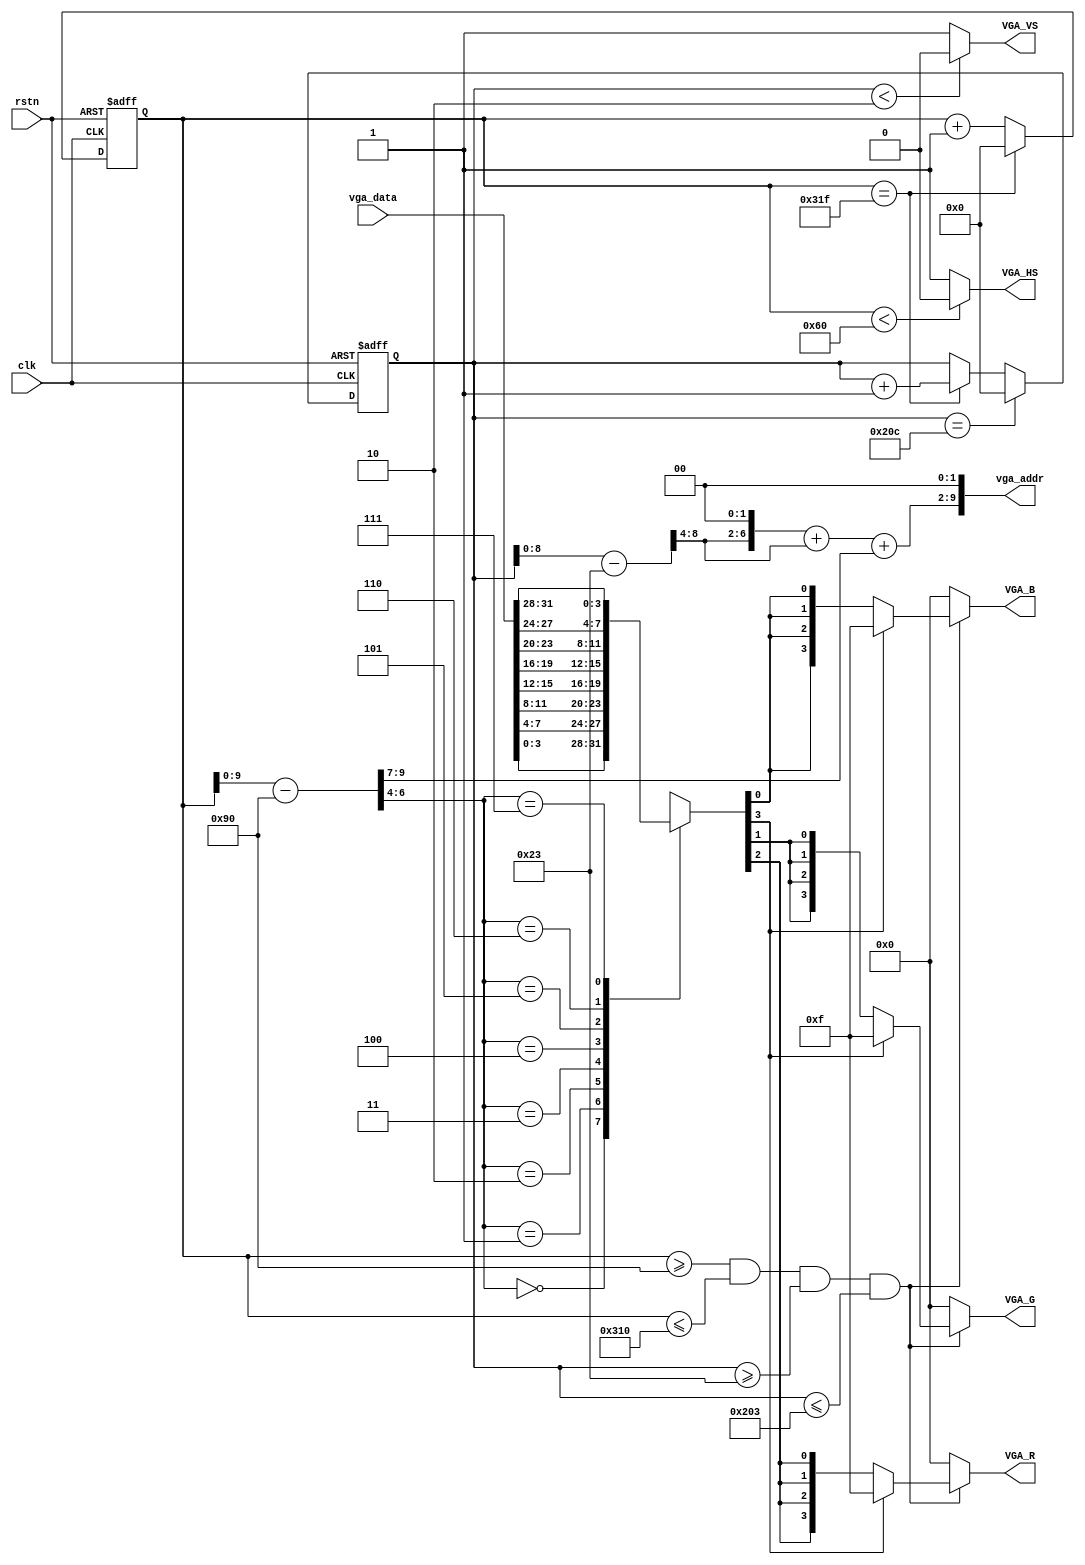
module vga_driver (input clk,                  //  50MHz 
                       input rstn,             // 
                       output [3:0] VGA_R, // VGA 
                       output [3:0] VGA_G, // VGA 
                       output [3:0] VGA_B, // VGA 
                       output VGA_HS,          // VGA 
                       output VGA_VS,          // VGA 
                       // VGA bus
                       output [9:0] vga_addr,  // VGA 
                       input [31:0] vga_data); // VGA 

    // 640*480
    parameter       C_H_SYNC_PULSE   = 96,
                    C_H_BACK_PORCH   = 48,
                    C_H_ACTIVE_TIME  = 640,
                    C_H_LINE_PERIOD  = 800;

    // 640*480
    parameter       C_V_SYNC_PULSE   = 2,
                    C_V_BACK_PORCH   = 33,
                    C_V_ACTIVE_TIME  = 480,
                    C_V_FRAME_PERIOD = 525;

    parameter       C_BLACK_MARGIN_WIDTH = (C_H_ACTIVE_TIME - C_V_ACTIVE_TIME) / 2;
    parameter       C_BLOCK_SIZE         = 30;
    parameter       C_TIC_SIZE           = 160;

    reg [11:0]      R_h_cnt;        // 
    reg [11:0]      R_v_cnt;        // 

    wire            W_active_flag;  // 1RGB

    //////////////////////////////////////////////////////////////////
    // 
    //////////////////////////////////////////////////////////////////
    always @(posedge clk or negedge rstn) begin
        if (!rstn)
            R_h_cnt <= 12'd0;
        else if (R_h_cnt == C_H_LINE_PERIOD - 1'b1)
            R_h_cnt <= 12'd0;
        else
            R_h_cnt <= R_h_cnt + 1'b1;
    end

    assign VGA_HS = (R_h_cnt < C_H_SYNC_PULSE) ? 1'b0 : 1'b1;

    //////////////////////////////////////////////////////////////////
    // 
    //////////////////////////////////////////////////////////////////
    always @(posedge clk or negedge rstn) begin
        if (!rstn)
            R_v_cnt <= 12'd0;
        else if (R_v_cnt == C_V_FRAME_PERIOD - 1'b1)
            R_v_cnt <= 12'd0;
        else if (R_h_cnt == C_H_LINE_PERIOD - 1'b1)
            R_v_cnt <= R_v_cnt + 1'b1;
        else
            R_v_cnt <= R_v_cnt;
    end

    assign VGA_VS = (R_v_cnt < C_V_SYNC_PULSE) ? 1'b0 : 1'b1;

    assign W_active_flag = (R_h_cnt >= (C_H_SYNC_PULSE + C_H_BACK_PORCH))  &&
           (R_h_cnt <= (C_H_SYNC_PULSE + C_H_BACK_PORCH + C_H_ACTIVE_TIME))  &&
           (R_v_cnt >= (C_V_SYNC_PULSE + C_V_BACK_PORCH))  &&
           (R_v_cnt <= (C_V_SYNC_PULSE + C_V_BACK_PORCH + C_V_ACTIVE_TIME));

    //////////////////////////////////////////////////////////////////
    // 
    //////////////////////////////////////////////////////////////////
    // wire is_black = (R_h_cnt < (C_H_SYNC_PULSE + C_H_BACK_PORCH + C_BLACK_MARGIN_WIDTH) ||
    //                  R_h_cnt >= (C_H_SYNC_PULSE + C_H_BACK_PORCH + C_BLACK_MARGIN_WIDTH + C_BLOCK_SIZE * 16));
    // reg[3:0] x_index, y_index;
    // assign vga_addr = 10'h040 + {4'b0, x_index, 2'b0};
    // always @(posedge clk) begin
    //     if (rstn && W_active_flag) begin
    //         if (R_h_cnt < (C_H_SYNC_PULSE + C_H_BACK_PORCH + C_BLACK_MARGIN_WIDTH + C_BLOCK_SIZE)) begin
    //             x_index <= 0;
    //         end
    //         else if (R_h_cnt < (C_H_SYNC_PULSE + C_H_BACK_PORCH + C_BLACK_MARGIN_WIDTH + C_BLOCK_SIZE * 2)) begin
    //             x_index <= 1;
    //         end
    //         else if (R_h_cnt < (C_H_SYNC_PULSE + C_H_BACK_PORCH + C_BLACK_MARGIN_WIDTH + C_BLOCK_SIZE * 3)) begin
    //             x_index <= 2;
    //         end
    //         else if (R_h_cnt < (C_H_SYNC_PULSE + C_H_BACK_PORCH + C_BLACK_MARGIN_WIDTH + C_BLOCK_SIZE * 4)) begin
    //             x_index <= 3;
    //         end
    //         else if (R_h_cnt < (C_H_SYNC_PULSE + C_H_BACK_PORCH + C_BLACK_MARGIN_WIDTH + C_BLOCK_SIZE * 5)) begin
    //             x_index <= 4;
    //         end
    //         else if (R_h_cnt < (C_H_SYNC_PULSE + C_H_BACK_PORCH + C_BLACK_MARGIN_WIDTH + C_BLOCK_SIZE * 6)) begin
    //             x_index <= 5;
    //         end
    //         else if (R_h_cnt < (C_H_SYNC_PULSE + C_H_BACK_PORCH + C_BLACK_MARGIN_WIDTH + C_BLOCK_SIZE * 7)) begin
    //             x_index <= 6;
    //         end
    //         else if (R_h_cnt < (C_H_SYNC_PULSE + C_H_BACK_PORCH + C_BLACK_MARGIN_WIDTH + C_BLOCK_SIZE * 8)) begin
    //             x_index <= 7;
    //         end
    //         else if (R_h_cnt < (C_H_SYNC_PULSE + C_H_BACK_PORCH + C_BLACK_MARGIN_WIDTH + C_BLOCK_SIZE * 9)) begin
    //             x_index <= 8;
    //         end
    //         else if (R_h_cnt < (C_H_SYNC_PULSE + C_H_BACK_PORCH + C_BLACK_MARGIN_WIDTH + C_BLOCK_SIZE * 10)) begin
    //             x_index <= 9;
    //         end
    //         else if (R_h_cnt < (C_H_SYNC_PULSE + C_H_BACK_PORCH + C_BLACK_MARGIN_WIDTH + C_BLOCK_SIZE * 11)) begin
    //             x_index <= 10;
    //         end
    //         else if (R_h_cnt < (C_H_SYNC_PULSE + C_H_BACK_PORCH + C_BLACK_MARGIN_WIDTH + C_BLOCK_SIZE * 12)) begin
    //             x_index <= 11;
    //         end
    //         else if (R_h_cnt < (C_H_SYNC_PULSE + C_H_BACK_PORCH + C_BLACK_MARGIN_WIDTH + C_BLOCK_SIZE * 13)) begin
    //             x_index <= 12;
    //         end
    //         else if (R_h_cnt < (C_H_SYNC_PULSE + C_H_BACK_PORCH + C_BLACK_MARGIN_WIDTH + C_BLOCK_SIZE * 14)) begin
    //             x_index <= 13;
    //         end
    //         else if (R_h_cnt < (C_H_SYNC_PULSE + C_H_BACK_PORCH + C_BLACK_MARGIN_WIDTH + C_BLOCK_SIZE * 15)) begin
    //             x_index <= 14;
    //         end
    //         else begin
    //             x_index <= 15;
    //         end
    //         if (R_v_cnt < (C_V_SYNC_PULSE + C_V_BACK_PORCH + C_BLOCK_SIZE)) begin
    //             y_index <= 0;
    //         end
    //         else if (R_v_cnt < (C_V_SYNC_PULSE + C_V_BACK_PORCH + C_BLOCK_SIZE * 2)) begin
    //             y_index <= 1;
    //         end
    //         else if (R_v_cnt < (C_V_SYNC_PULSE + C_V_BACK_PORCH + C_BLOCK_SIZE * 3)) begin
    //             y_index <= 2;
    //         end
    //         else if (R_v_cnt < (C_V_SYNC_PULSE + C_V_BACK_PORCH + C_BLOCK_SIZE * 4)) begin
    //             y_index <= 3;
    //         end
    //         else if (R_v_cnt < (C_V_SYNC_PULSE + C_V_BACK_PORCH + C_BLOCK_SIZE * 5)) begin
    //             y_index <= 4;
    //         end
    //         else if (R_v_cnt < (C_V_SYNC_PULSE + C_V_BACK_PORCH + C_BLOCK_SIZE * 6)) begin
    //             y_index <= 5;
    //         end
    //         else if (R_v_cnt < (C_V_SYNC_PULSE + C_V_BACK_PORCH + C_BLOCK_SIZE * 7)) begin
    //             y_index <= 6;
    //         end
    //         else if (R_v_cnt < (C_V_SYNC_PULSE + C_V_BACK_PORCH + C_BLOCK_SIZE * 8)) begin
    //             y_index <= 7;
    //         end
    //         else if (R_v_cnt < (C_V_SYNC_PULSE + C_V_BACK_PORCH + C_BLOCK_SIZE * 9)) begin
    //             y_index <= 8;
    //         end
    //         else if (R_v_cnt < (C_V_SYNC_PULSE + C_V_BACK_PORCH + C_BLOCK_SIZE * 10)) begin
    //             y_index <= 9;
    //         end
    //         else if (R_v_cnt < (C_V_SYNC_PULSE + C_V_BACK_PORCH + C_BLOCK_SIZE * 11)) begin
    //             y_index <= 10;
    //         end
    //         else if (R_v_cnt < (C_V_SYNC_PULSE + C_V_BACK_PORCH + C_BLOCK_SIZE * 12)) begin
    //             y_index <= 11;
    //         end
    //         else if (R_v_cnt < (C_V_SYNC_PULSE + C_V_BACK_PORCH + C_BLOCK_SIZE * 13)) begin
    //             y_index <= 12;
    //         end
    //         else if (R_v_cnt < (C_V_SYNC_PULSE + C_V_BACK_PORCH + C_BLOCK_SIZE * 14)) begin
    //             y_index <= 13;
    //         end
    //         else if (R_v_cnt < (C_V_SYNC_PULSE + C_V_BACK_PORCH + C_BLOCK_SIZE * 15)) begin
    //             y_index <= 14;
    //         end
    //         else begin
    //             y_index <= 15;
    //         end
    //     end
    //     else begin
    //         x_index <= 0;
    //         y_index <= 0;
    //     end
    // end

    // wire [15:0] data = vga_data[15:0];

    // assign VGA_R = (W_active_flag && !is_black)? (data[y_index] == 0? 0: 4'b1111): 0;
    // assign VGA_G = (W_active_flag && !is_black)? (data[y_index] == 0? 0: 4'b1111): 0;
    // assign VGA_B = (W_active_flag && !is_black)? (data[y_index] == 0? 0: 4'b1111): 0;

    // //////////////////////////////////////////////////////////////
    // 
    //  0x0000  0x0020 
    //      0x0024 
    // vga 640 * 480 480 * 480  9 * 9 
    //          
    // //////////////////////////////////////////////////////////////
    // reg [1:0] x_index, y_index;
    // reg [9:0] x_center, y_center;
    // wire [9:0] x = R_h_cnt[9:0];
    // wire [9:0] y = R_v_cnt[9:0];
    // wire [9:0] diff_x = (x > x_center)? (x - x_center): (x_center - x);
    // wire [9:0] diff_y = (y > y_center)? (y - y_center): (y_center - y);
    // wire [9:0] diff_xy = (diff_x > diff_y)? (diff_x - diff_y): (diff_y - diff_x);
    // wire [15:0] product = diff_x * diff_x + diff_y * diff_y;

    // // 
    // wire index_valid    = (R_h_cnt < (C_H_SYNC_PULSE + C_H_BACK_PORCH + C_TIC_SIZE * 3));
    // wire [3:0] mem_addr = {1'b0, x_index} + {x_index, 1'b0} + {1'b0, y_index};
    // assign vga_addr     = index_valid? {4'b0, mem_addr, 2'b0}: 10'h24;

    // // 
    // always @(posedge clk) begin
    //     if (W_active_flag && index_valid) begin
    //         if (R_h_cnt < (C_H_SYNC_PULSE + C_H_BACK_PORCH + C_TIC_SIZE)) begin
    //             x_index <= 0;
    //             x_center <= C_H_SYNC_PULSE + C_H_BACK_PORCH + C_TIC_SIZE / 2;
    //         end
    //         else if (R_h_cnt < (C_H_SYNC_PULSE + C_H_BACK_PORCH + C_TIC_SIZE * 2)) begin
    //             x_index <= 1;
    //             x_center <= C_H_SYNC_PULSE + C_H_BACK_PORCH + C_TIC_SIZE + C_TIC_SIZE / 2;
    //         end
    //         else begin
    //             x_index <= 2;
    //             x_center <= C_H_SYNC_PULSE + C_H_BACK_PORCH + C_TIC_SIZE * 2 + C_TIC_SIZE / 2;
    //         end
    //         if (R_v_cnt < (C_V_SYNC_PULSE + C_V_BACK_PORCH + C_TIC_SIZE)) begin
    //             y_index <= 0;
    //             y_center <= C_V_SYNC_PULSE + C_V_BACK_PORCH + C_TIC_SIZE / 2;
    //         end
    //         else if (R_v_cnt < (C_V_SYNC_PULSE + C_V_BACK_PORCH + C_TIC_SIZE * 2)) begin
    //             y_index <= 1;
    //             y_center <= C_V_SYNC_PULSE + C_V_BACK_PORCH + C_TIC_SIZE + C_TIC_SIZE / 2;
    //         end
    //         else begin
    //             y_index <= 2;
    //             y_center <= C_V_SYNC_PULSE + C_V_BACK_PORCH + C_TIC_SIZE * 2 + C_TIC_SIZE / 2;
    //         end
    //     end
    //     else begin
    //         x_index  <= 3;
    //         x_center <= C_H_SYNC_PULSE + C_H_BACK_PORCH + C_TIC_SIZE * 3 + C_TIC_SIZE / 2;
    //         y_index  <= 0;
    //         y_center <= C_V_SYNC_PULSE + C_V_BACK_PORCH + C_TIC_SIZE + C_TIC_SIZE / 2;
    //     end
    // end


    // //  1111  0000
    // reg [3:0] data;
    // assign VGA_R = data;
    // assign VGA_G = data;
    // assign VGA_B = data;

    // always @(*) begin
    //     if (!W_active_flag) begin
    //         data = 0;
    //     end
    //     else begin
    //         //  9 * 9
    //         if (index_valid) begin
    //             // 
    //             if (diff_x > 75 || diff_y > 75)
    //                 data = 4'hf;
    //             else begin
    //                 case (vga_data[1:0])
    //                     2'b01: begin        // 
    //                         if (product > 3600 && product < 4900)
    //                             data = 4'hf;
    //                         else
    //                             data = 0;
    //                     end
    //                     2'b10: begin        // 
    //                         if (diff_xy < 5 && product < 4900)
    //                             data = 4'hf;
    //                         else
    //                             data = 0;
    //                     end
    //                     default:            // 
    //                         data = 0;
    //                 endcase
    //             end
    //         end
    //         // 
    //         else begin
    //             case (vga_data[1:0])
    //                 2'b01: begin        // 
    //                     if (product > 3600 && product < 4900)
    //                         data = 4'hf;
    //                     else
    //                         data = 0;
    //                 end
    //                 2'b10: begin        // 
    //                     if (diff_xy < 5 && product < 4900)
    //                         data = 4'hf;
    //                     else
    //                         data = 0;
    //                 end
    //                 2'b00: begin        // 
    //                     if ((product > 3600 || diff_xy < 5) && product < 4900)
    //                         data = 4'hf;
    //                     else
    //                         data = 0;
    //                 end
    //                 default:            // 
    //                     data = 0;
    //             endcase
    //         end
    //     end
    // end

    ////////////////////////////////////////////////////////////////
    // 
    // 30  40 VGA  16 * 16
    ////////////////////////////////////////////////////////////////
    wire [9:0] x_cnt   = R_h_cnt[9:0] - (C_H_SYNC_PULSE + C_H_BACK_PORCH);
    wire [9:0] y_cnt   = R_v_cnt[9:0] - (C_V_SYNC_PULSE + C_V_BACK_PORCH);
    wire [5:0] x_index = x_cnt[9:4];
    wire [4:0] y_index = y_cnt[8:4];

    assign vga_addr = {{1'b0, y_index, 2'b0} + {3'b0, y_index} + {5'b0, x_index[5:3]}, 2'b0};
    reg[3:0] data;

    always @(*) begin
        case (x_index[2:0])
            3'b000:
                data = vga_data[3:0];
            3'b001:
                data = vga_data[7:4];
            3'b010:
                data = vga_data[11:8];
            3'b011:
                data = vga_data[15:12];
            3'b100:
                data = vga_data[19:16];
            3'b101:
                data = vga_data[23:20];
            3'b110:
                data = vga_data[27:24];
            3'b111:
                data = vga_data[31:28];
        endcase
    end

    reg [3:0] vga_r_r, vga_g_r, vga_b_r;
    assign VGA_R = vga_r_r;
    assign VGA_G = vga_g_r;
    assign VGA_B = vga_b_r;

    always @(*) begin
        if (!W_active_flag) begin
            vga_r_r = 0;
            vga_g_r = 0;
            vga_b_r = 0;
        end
        else begin
            if (data[3]) begin
                vga_r_r = 4'hf;
                vga_g_r = 4'hf;
                vga_b_r = 4'hf;
            end
            else begin
                vga_r_r = {4{data[2]}};
                vga_g_r = {4{data[1]}};
                vga_b_r = {4{data[0]}};
            end
        end
    end

endmodule